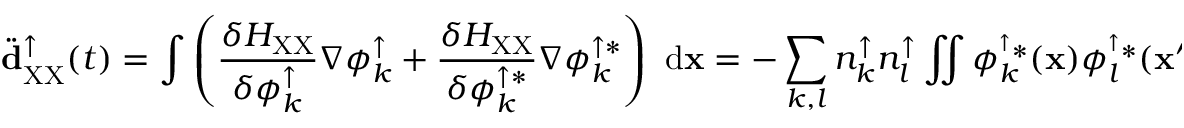
\ddot { \bf d } _ { \mathrm { X X } } ^ { \uparrow } ( t ) = \int { \left( \frac { \delta H _ { \mathrm { X X } } } { \delta \phi _ { k } ^ { \uparrow } } \nabla \phi _ { k } ^ { \uparrow } + \frac { \delta H _ { \mathrm { X X } } } { \delta \phi _ { k } ^ { \uparrow * } } \nabla \phi _ { k } ^ { \uparrow * } \right) \ \mathrm { d } { \bf x } } = - \sum _ { k , l } { n _ { k } ^ { \uparrow } n _ { l } ^ { \uparrow } \iint { \phi _ { k } ^ { ^ \uparrow * } ( { \bf x } ) \phi _ { l } ^ { ^ \uparrow * } ( { \bf x } ^ { \prime } ) \nabla { \cal V } _ { \mathrm { e e } } ( { \bf x } - { \bf x } ^ { \prime } ) \phi _ { k } ^ { \uparrow } ( { \bf x } ^ { \prime } ) \phi _ { l } ^ { \uparrow } ( { \bf x } ) \ \mathrm { d } { \bf x } ^ { \prime } \mathrm { d } { \bf x } } } .